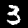
Digit: 3